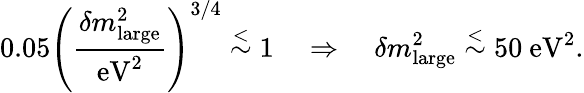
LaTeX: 0.05\left({\frac{\delta m_{\mathrm{large}}^{2}}{\mathrm{eV}^{2}}}\right)^{3/4}\stackrel{<}{\sim}1\quad\Rightarrow\quad\delta m_{\mathrm{large}}^{2}\stackrel{<}{\sim}50\ \mathrm{eV}^{2}.